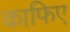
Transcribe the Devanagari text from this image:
काफिए